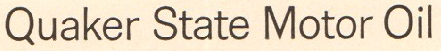
Quaker State Motor Oil